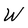
Character: W